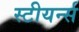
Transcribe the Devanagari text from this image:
स्टीयर्न्स